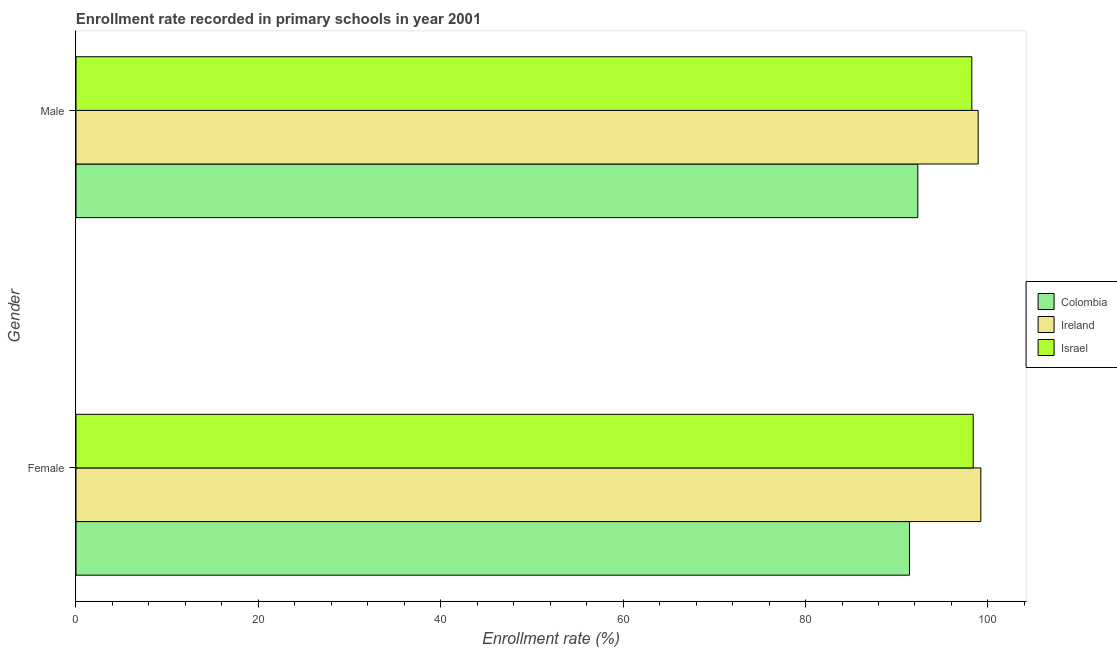
| Gender | Colombia | Ireland | Israel |
 | --- | --- | --- | --- |
 | Female | 91.4 | 99.2 | 98.4 |
 | Male | 92.3 | 98.9 | 98.2 |